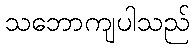
သဘောကျပါသည်